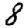
Digit: 8